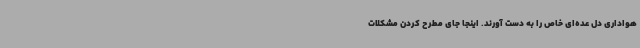
هواداری دل عده‌ای خاص را به دست آورند. اینجا جای مطرح کردن مشکلات